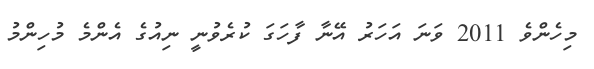
މިހެންވެ 2011 ވަނަ އަހަރު އޭނާ ފާހަގަ ކުރެވުނީ ނިއުގެ އެންމެ މުހިންމު